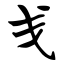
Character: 戋